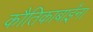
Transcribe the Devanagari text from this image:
कौतिकाबाईंना